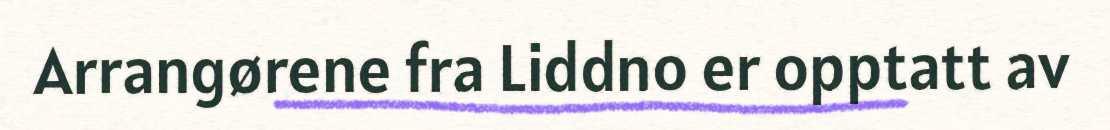
Arrangørene fra Liddno er opptatt av